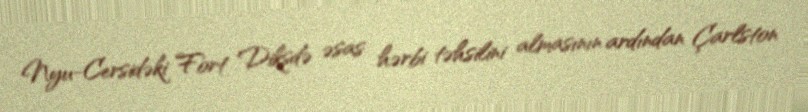
Nyu-Cersidəki Fort Diksdə əsas hərbi təhsilini almasının ardından Çarlston